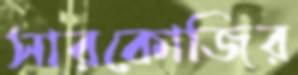
সারকোজির